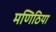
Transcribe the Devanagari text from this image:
मणिठिया